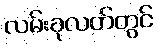
လမ်းခုလတ်တွင်